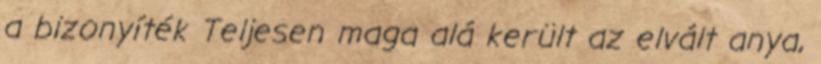
a bizonyíték Teljesen maga alá került az elvált anya,